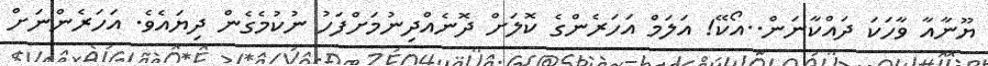
ޔޫނާއާ ވާހަކަ ދައްކާނަން..އޯކޭ! އަލަމް އަހަރެންގެ ކޮލަށް ދޮނެއްދިނުމަށްފަހު ނުކުމެގެން ދިޔައެވެ. އަހަރެންނަށް